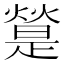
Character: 𤐔